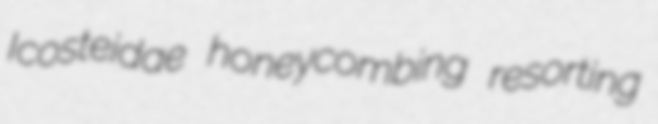
Icosteidae honeycombing resorting